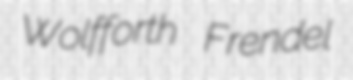
Wolfforth Frendel